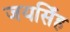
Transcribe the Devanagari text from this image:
जयसिँह